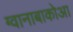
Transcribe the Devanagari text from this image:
ग्वानाबाकोआ